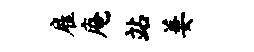
雇庵站萋